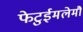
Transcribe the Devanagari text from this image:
फेटुईमलेमौ